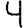
Digit: 4